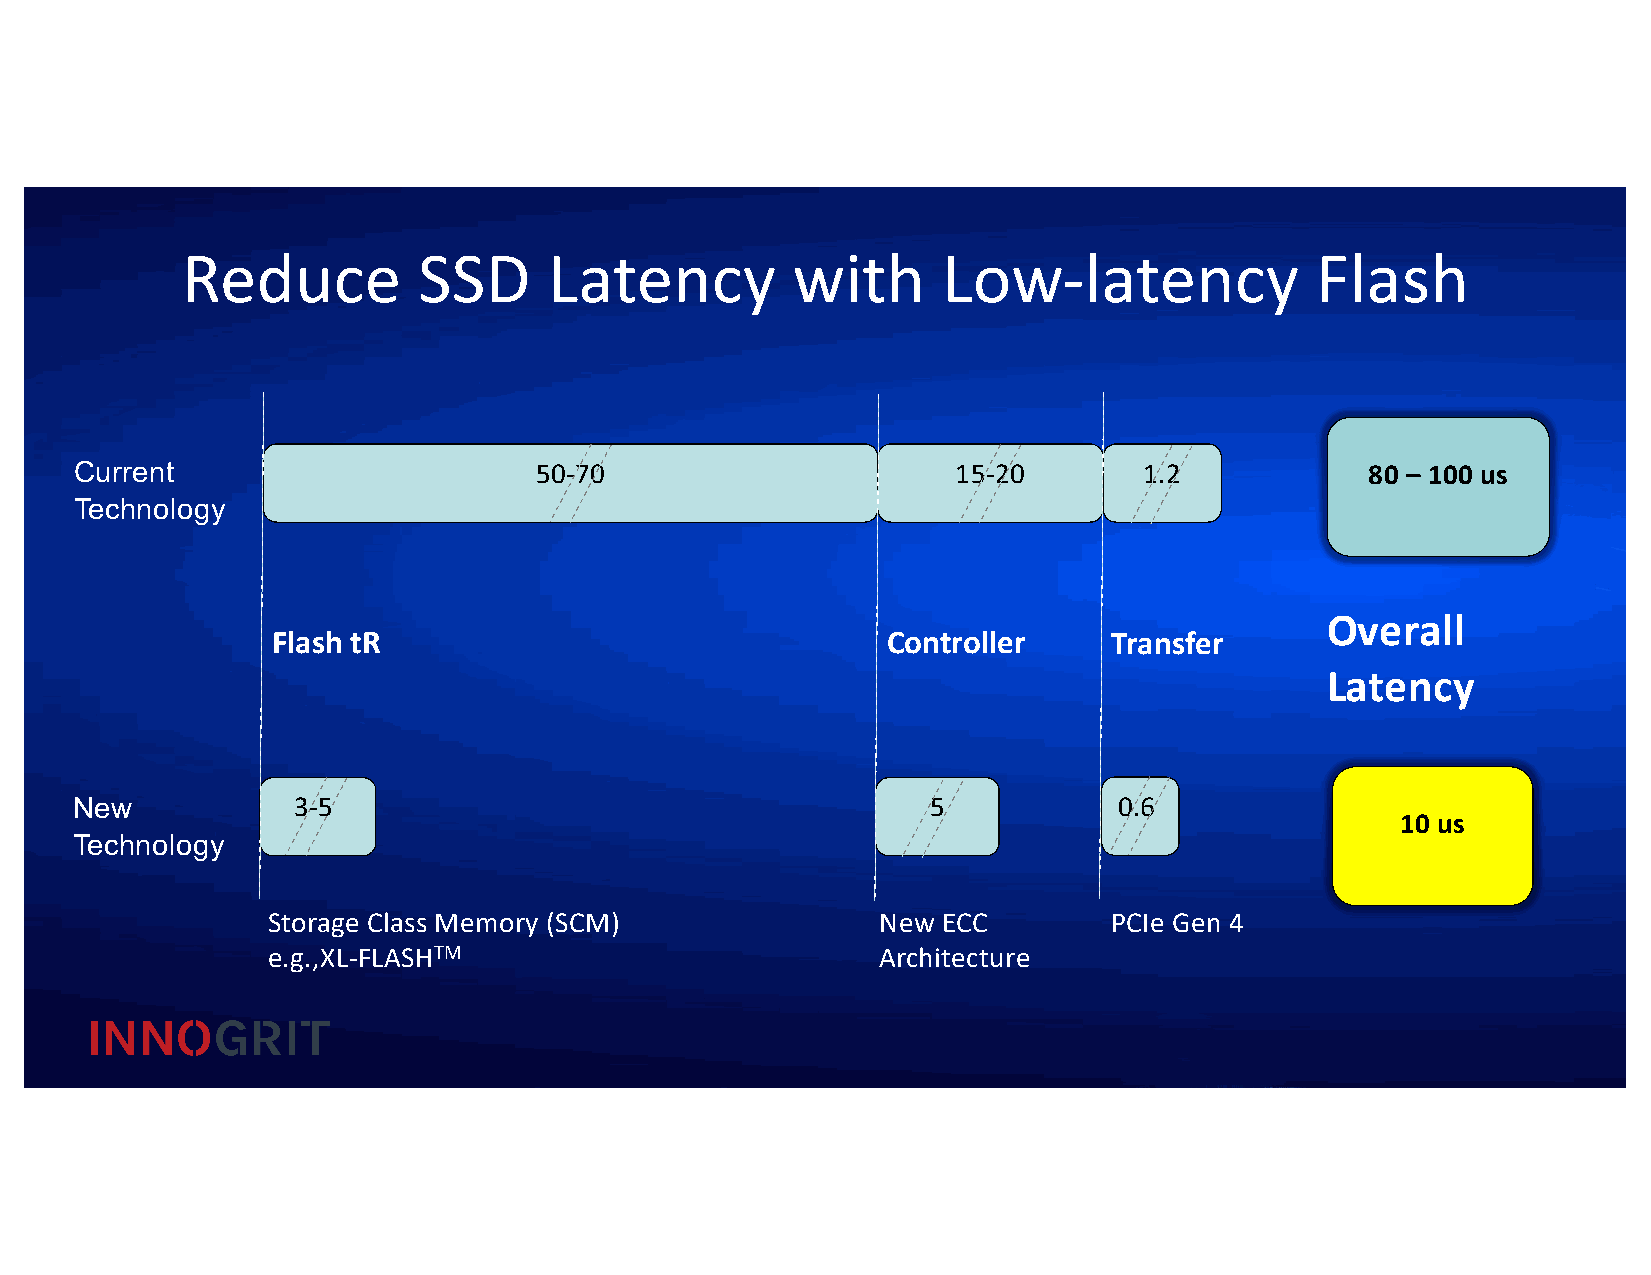
Reduce          SSD     Latency         with      Low-latency              Flash
 Current                       50-70                       15-20        1.2            80 – 100 us
 Technology
 Overall
 Flash tR                                 Controller     Transfer
 Latency
 New           3-5                                        5           0.6
 10 us
 Technology
 Storage Class Memory (SCM)              New ECC         PCIe Gen 4
 e.g.,XL-FLASHTM                         Architecture